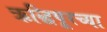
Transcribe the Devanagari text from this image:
ऋद्धिपूरच्या